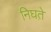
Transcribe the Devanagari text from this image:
निघत़े